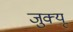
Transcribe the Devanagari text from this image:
जुक्यू